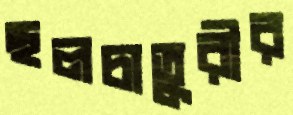
ছলচাতুরীর